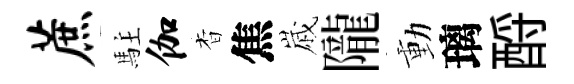
蔗駐伽杳焦𡻕隴動璃酹